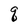
Character: q